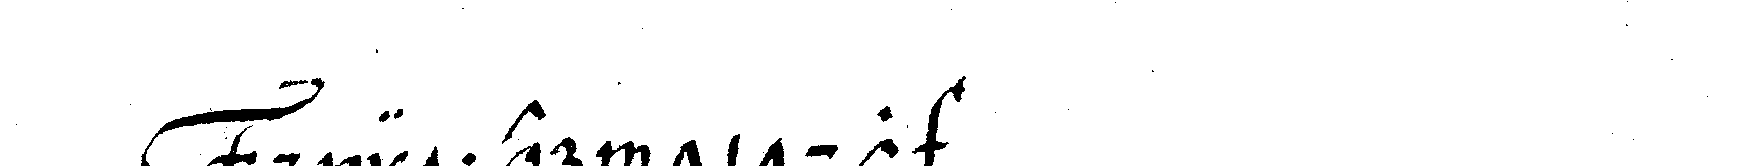
dritter titul .